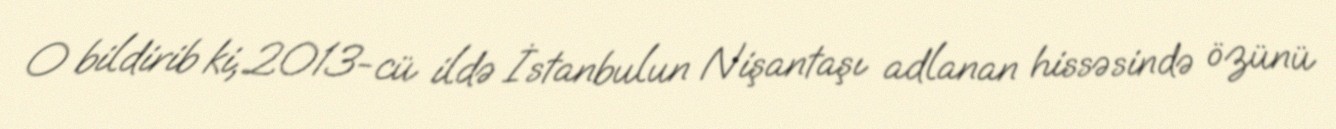
O bildirib ki, 2013-cü ildə İstanbulun Nişantaşı adlanan hissəsində özünü